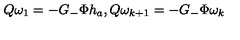
Q \omega _ { 1 } = - G _ { - } \Phi h _ { a } , Q \omega _ { k + 1 } = - G _ { - } \Phi \omega _ { k }